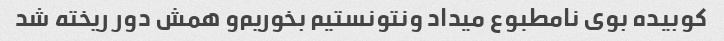
کوبیده بوی نامطبوع میداد و‌نتونستیم بخوریم‌و همش دور ریخته شد